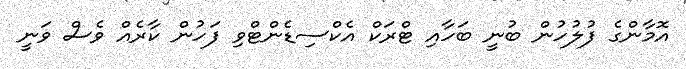
އޮމާންގެ ފުލުހުން ބުނީ ބަހާއި ޓްރަކް އެކްސިޑެންޓްވި ފަހުން ކާރެއް ވެސް ވަނީ